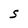
Character: S